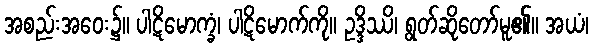
အစည်းအဝေး၌။ ပါဋိမောက္ခံ၊ ပါဋိမောက်ကို။ ဥဒ္ဒိဿိ၊ ရွတ်ဆိုတော်မူ၏။ အယံ၊